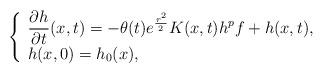
LaTeX: \begin{align*}\left\{\begin{array}{l}\displaystyle \frac{\partial h}{\partial t}(x,t)=-\theta(t) e^{\frac{r^2}{2}}K(x,t)h^pf+h(x,t),\\h(x,0)=h_0(x),\end{array}\right.\end{align*}